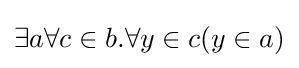
\exists a\forall c\in b.\forall y\in c(y\in a)